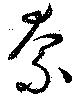
奈